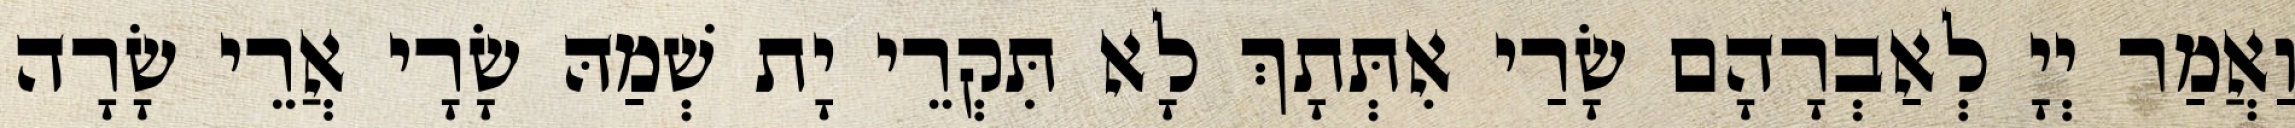
וַאֲמַר יְיָ לְאַבְרָהָם שָׂרַי אִתְּתָךְ לָא תִּקְרֵי יָת שְׁמַהּ שָׂרָי אֲרֵי שָׂרָה